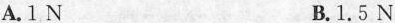
A.1N B.1.5N